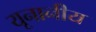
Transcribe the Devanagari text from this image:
यूनानीय